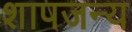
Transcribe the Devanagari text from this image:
शापजन्य